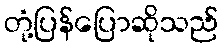
တုံ့ပြန်ပြောဆိုသည်